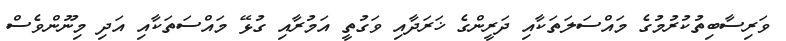
ވަރިސާބިތުކުރުމުގެ މައްސަލަތަކާއި ދަރީންގެ ޚަރަދާއި ވަގުތީ އަމުރާއި ގުޅޭ މައްސަތަކާއި އަދި މިނޫންވެސް